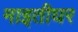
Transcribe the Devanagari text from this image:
माइतीघर